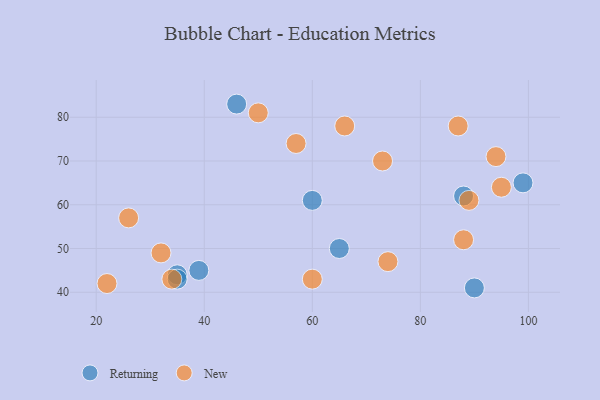
{"axis": {"x": "GDP", "y": "Life Expectancy"}, "legend": ["New", "Returning"], "data": [{"x": "88", "y": 62, "type": "Returning"}, {"x": "99", "y": 65, "type": "Returning"}, {"x": "46", "y": 83, "type": "Returning"}, {"x": "35", "y": 44, "type": "Returning"}, {"x": "35", "y": 43, "type": "Returning"}, {"x": "39", "y": 45, "type": "Returning"}, {"x": "90", "y": 41, "type": "Returning"}, {"x": "65", "y": 50, "type": "Returning"}, {"x": "60", "y": 61, "type": "Returning"}, {"x": "89", "y": 61, "type": "New"}, {"x": "60", "y": 43, "type": "New"}, {"x": "88", "y": 52, "type": "New"}, {"x": "50", "y": 81, "type": "New"}, {"x": "22", "y": 42, "type": "New"}, {"x": "94", "y": 71, "type": "New"}, {"x": "32", "y": 49, "type": "New"}, {"x": "74", "y": 47, "type": "New"}, {"x": "66", "y": 78, "type": "New"}, {"x": "57", "y": 74, "type": "New"}, {"x": "73", "y": 70, "type": "New"}, {"x": "34", "y": 43, "type": "New"}, {"x": "95", "y": 64, "type": "New"}, {"x": "26", "y": 57, "type": "New"}, {"x": "87", "y": 78, "type": "New"}]}